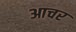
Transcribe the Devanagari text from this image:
आचर